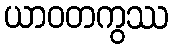
ယာဝတကွဿ